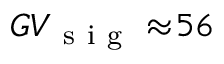
G V _ { \mathrm { ~ s ~ i ~ g ~ } } \approx \! 5 6